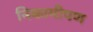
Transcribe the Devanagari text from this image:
निकामीपण